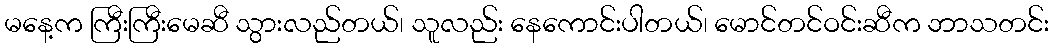
မနေ့က ကြီးကြီးမေဆီ သွားလည်တယ်၊ သူလည်း နေကောင်းပါတယ်၊ မောင်တင်ဝင်းဆီက ဘာသတင်း